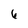
Character: 6